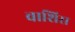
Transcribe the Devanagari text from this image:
वाशिरा